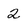
Character: 2